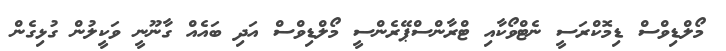
މޯލްޑިވްސް ޑިމޮކްރަސީ ނެޓްވޯކާއި ޓްރާންސްޕޭރެންސީ މޯލްޑިވްސް އަދި ބައެއް ގާނޫނީ ވަކީލުން ގުޅިގެން